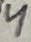
Text: 4